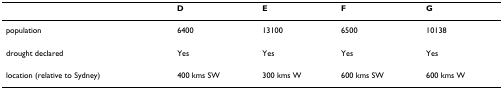
|  | D | E | F | G |
 | --- | --- | --- | --- | --- |
 | population | 6400 | 13100 | 6500 | 10138 |
 | drought declared | Yes | Yes | Yes | Yes |
 | location (relative to Sydney) | 400 kms SW | 300 kms W | 600 kms SW | 600 kms W |